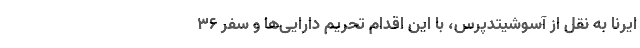
ایرنا به نقل از آسوشیتدپرس، با این اقدام تحریم دارایی‌ها و سفر ۳۶